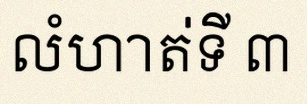
លំហាត់ទី ៣